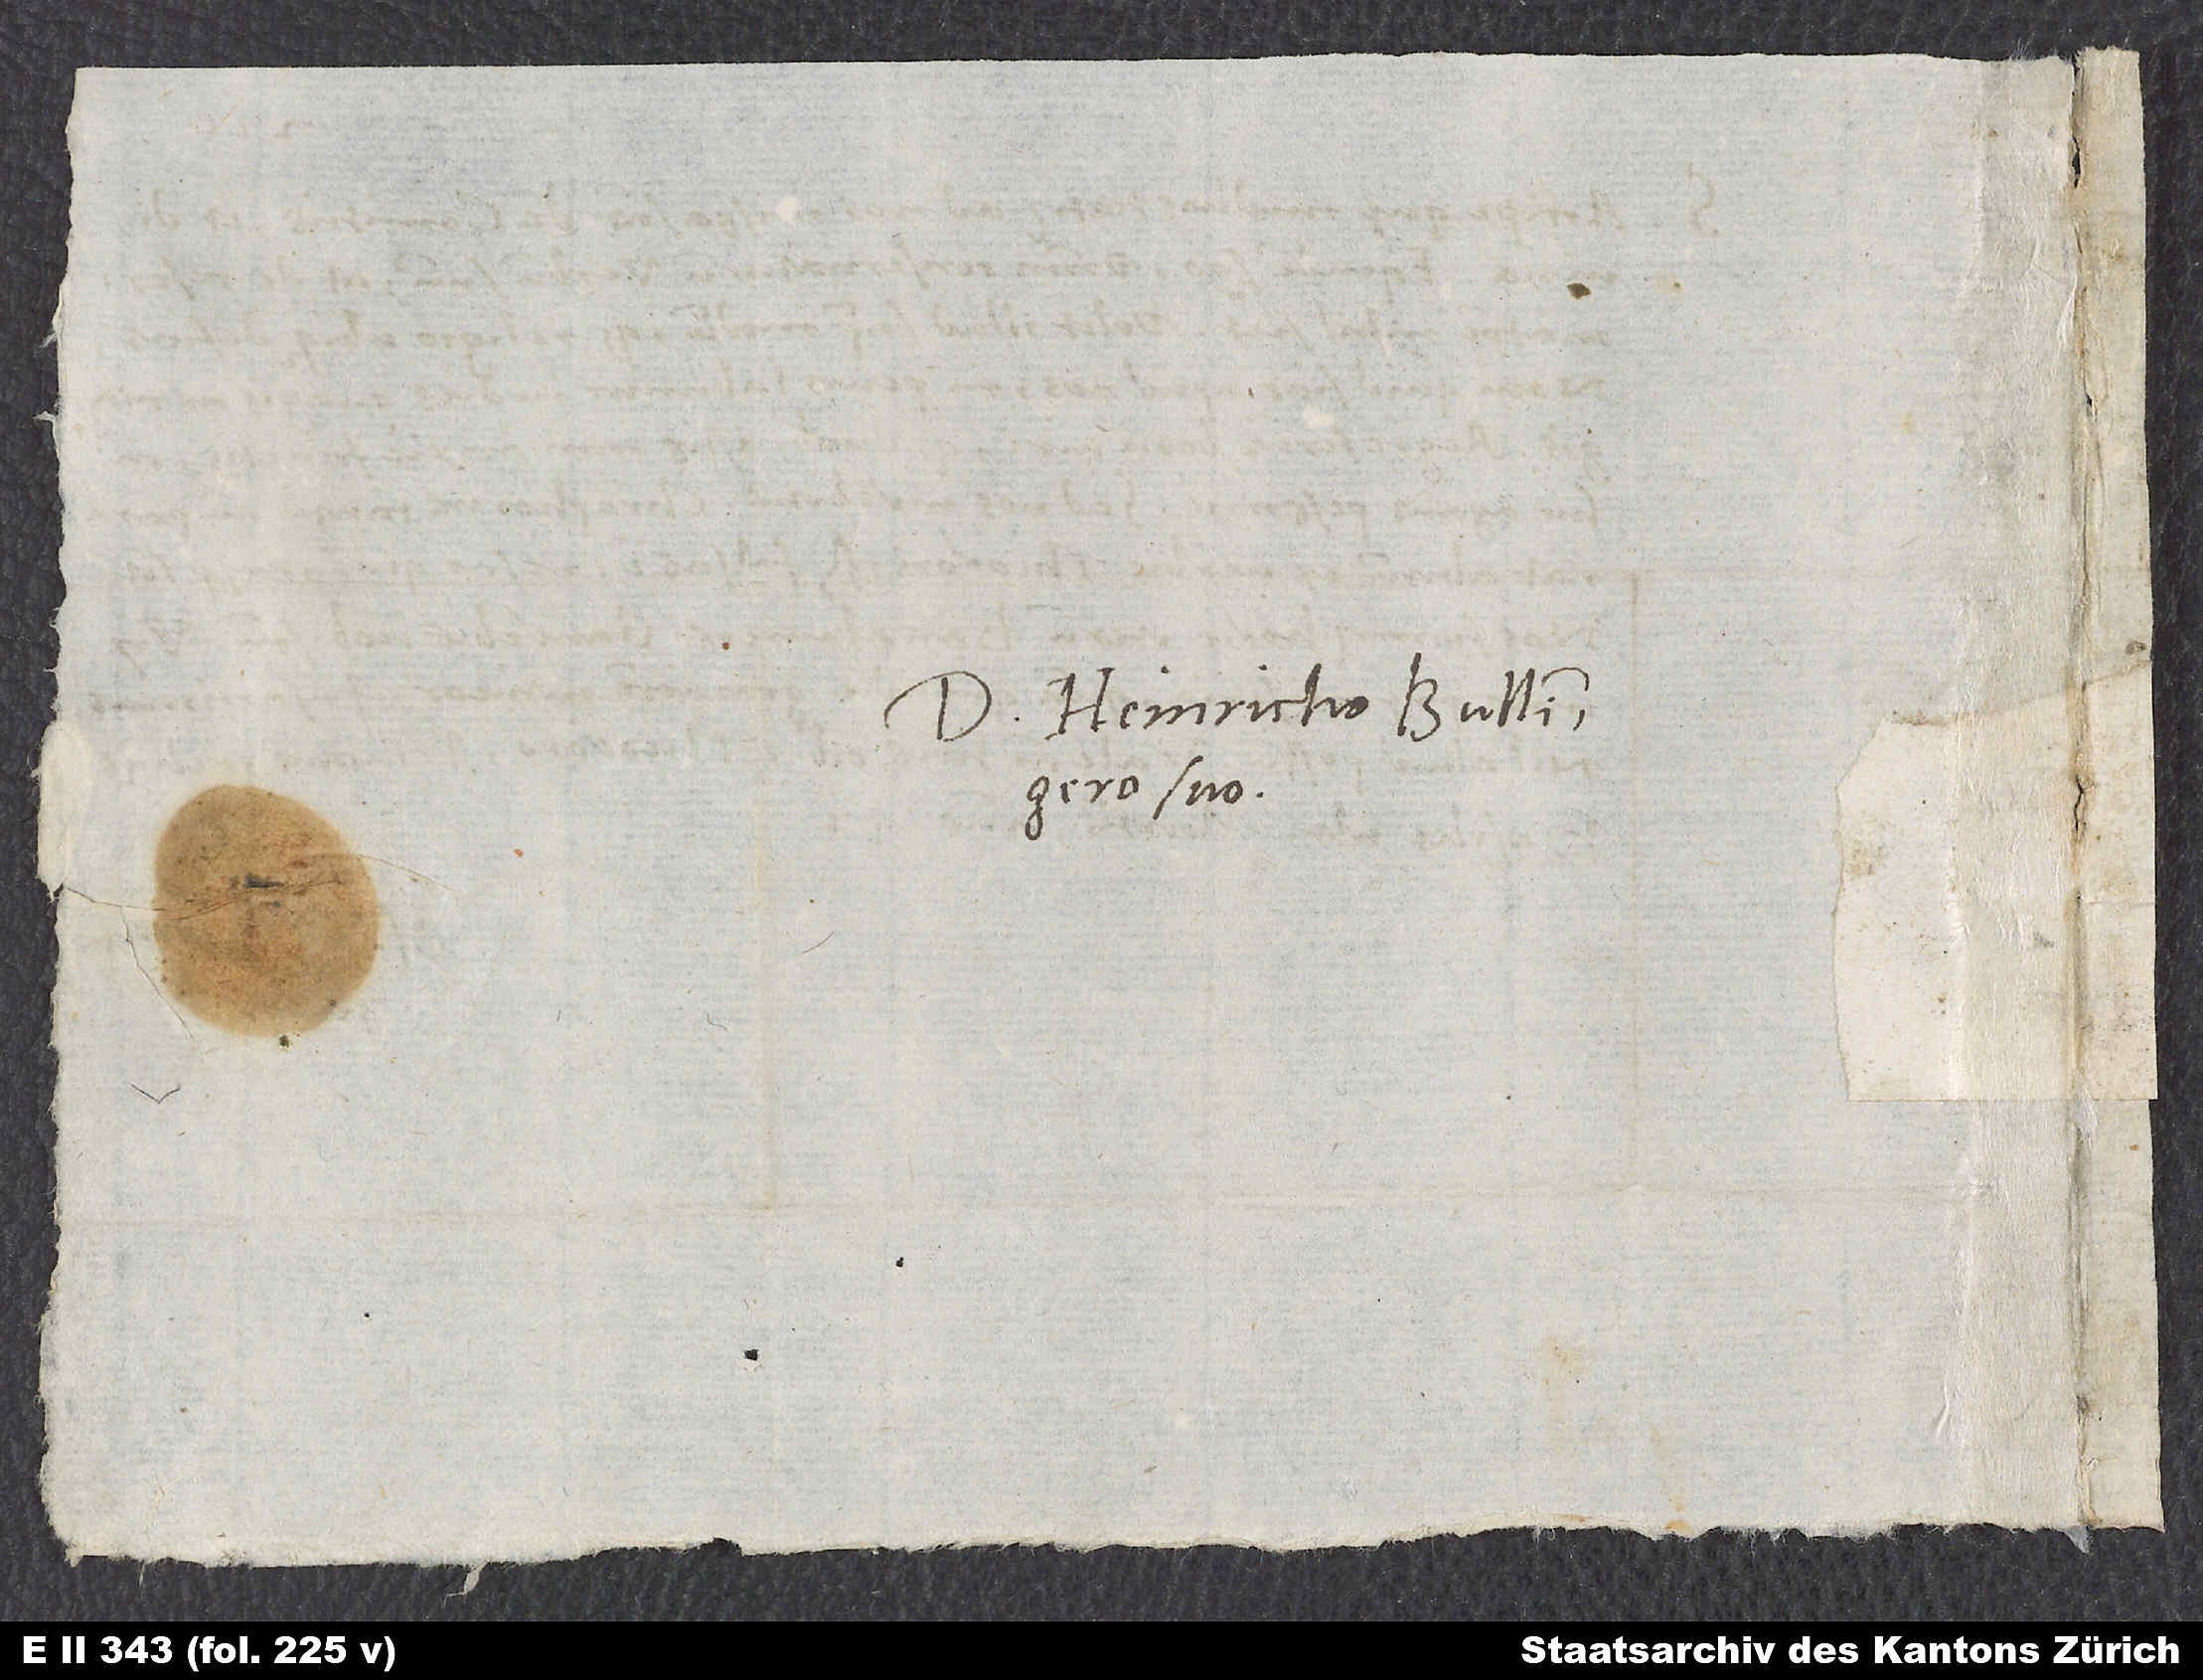
Domino Heinricho Bullingero
suo.